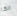
الكا